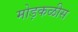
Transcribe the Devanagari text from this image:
मोड़कळीस